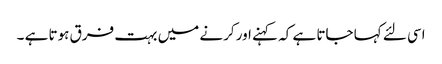
اسی لئے کہا جاتا ہے کہ کہنے اور کرنے میں بہت فرق ہوتا ہے ۔